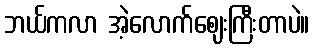
ဘယ်ကလာ အဲ့လောက်ဈေးကြီးတာပဲ။